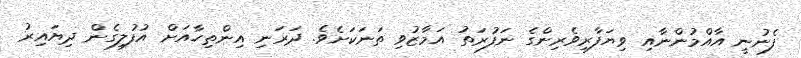
ފެނުނީ އާއްމުންނާއި ވިޔަފާރިވެރިންގެ ނަފުރަތު އަމާޒުވި ތަނަކަށެވެ. ދަރަނި އިންތިހާއަށް އުފުލިގެން ދިޔައިރު